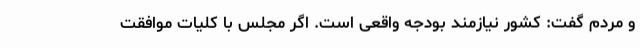
و مردم گفت: کشور نیازمند بودجه واقعی است. اگر مجلس با کلیات موافقت